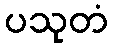
ပသုတံ